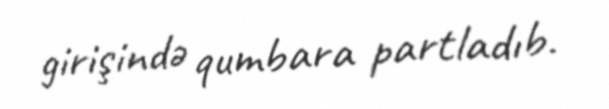
girişində qumbara partladıb.